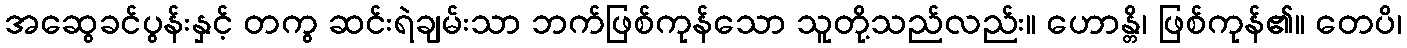
အဆွေခင်ပွန်းနှင့် တကွ ဆင်းရဲချမ်းသာ ဘက်ဖြစ်ကုန်သော သူတို့သည်လည်း။ ဟောန္တိ၊ ဖြစ်ကုန်၏။ တေပိ၊